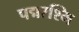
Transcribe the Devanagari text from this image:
पद्मरश्मि